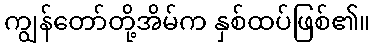
ကျွန်တော်တို့အိမ်က နှစ်ထပ်ဖြစ်၏။